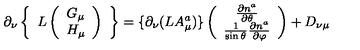
\partial _ { \nu } \left\{ \begin{array} { c } { L \left( \begin{array} { c } { G _ { \mu } } \\ { H _ { \mu } } \\ \end{array} \right) } \\ \end{array} \right\} = \{ \partial _ { \nu } ( L A _ { \mu } ^ { a } ) \} \left( \begin{array} { c } { \frac { \partial n ^ { a } } { \partial \theta } } \\ { \frac { 1 } { \sin \theta } \frac { \partial n ^ { a } } { \partial \varphi } } \\ \end{array} \right) + D _ { \nu \mu }